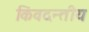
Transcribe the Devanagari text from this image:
किंवदन्तीय